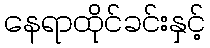
နေရာထိုင်ခင်းနှင့်